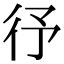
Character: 𭛞